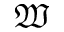
\mathfrak { W }